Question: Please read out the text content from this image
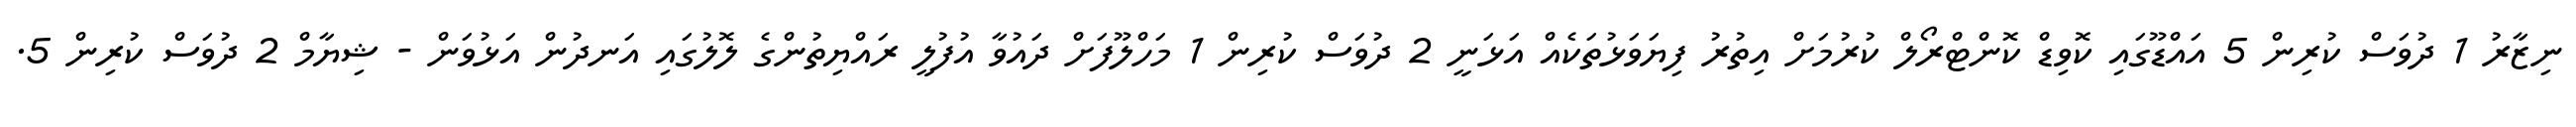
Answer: ނިޒާރު 1 ދުވަސް ކުރިން 5 އައްޑޫގައި ކޮވިޑް ކޮންޓްރޯލް ކުރުމަށް އިތުރު ފިޔަވަޅުތަކެއް އަޅަނީ 2 ދުވަސް ކުރިން 1 މަހްލޫފަށް ދައުވާ އުފުލީ ރައްޔިތުންގެ ލޮލުގައި އަނދުން އަޅުވަން - ޝިޔާމް 2 ދުވަސް ކުރިން 5.